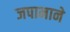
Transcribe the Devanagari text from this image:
जपानाने